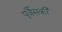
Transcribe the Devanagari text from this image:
पूर्वैसकी